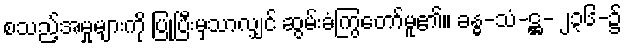
စသည့်အမှုများကို ပြုပြီးမှသာလျှင် ဆွမ်းခံကြွတော်မူ၏။ ခန္ဓ-သံ-ဋ္ဌ- ၂၃၆-၌